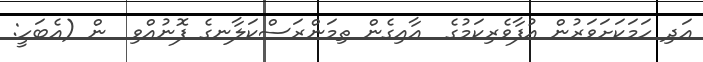
އަދި ހަމަކަށަވަރުން އުފާވެރިކަމުގެ  އާއިގެން ތިމަންރަސްކަލާނގެ ފޮނުއްވި  ން (އެބަހީ: